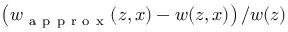
\left( w _ { \mathrm { ~ a ~ p ~ p ~ r ~ o ~ x ~ } } ( z , x ) - w ( z , x ) \right) / w ( z )